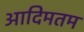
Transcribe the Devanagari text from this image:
आदिमतम